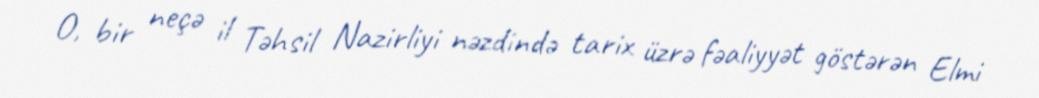
O, bir neçə il Təhsil Nazirliyi nəzdində tarix üzrə fəaliyyət göstərən Elmi